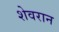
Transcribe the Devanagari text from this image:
शेवरान